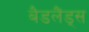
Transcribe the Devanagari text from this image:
बैडलैंड्स